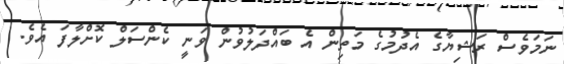
ނަމަވެސް ރަޝިޔާގެ އެދުމުގެ މަތިން އެ ބައްދަލުވުން ވަނީ ކެންސަލް ކޮށްލާފަ އެވެ.